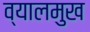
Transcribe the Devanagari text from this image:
व्यालमुख